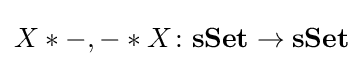
X*-,-*X\colon \mathbf {sSet} \rightarrow \mathbf {sSet}